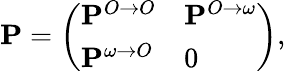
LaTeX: \mathbf{P}=\left(\begin{array}{ll}{\mathbf{P}^{O\to O}}&{\mathbf{P}^{O\to\omega}}\\ {\mathbf{P}^{\omega\to O}}&{0}\end{array}\right),